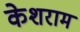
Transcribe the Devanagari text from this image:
केशराम